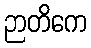
ဉာတိကေ